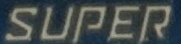
SUPER